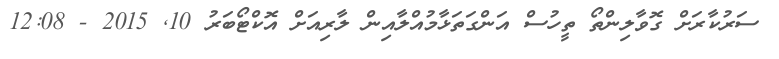
ސަރުކާރަށް ގޮވާލިންތޯ ތީހުސް އަންގަތަޅާމުއްލާއިން ލާރިއަށް އޮކްޓޯބަރު 10